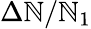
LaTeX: \Delta\mathbb{N}/\mathbb{N}_{1}